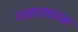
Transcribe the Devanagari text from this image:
वासनापरक